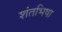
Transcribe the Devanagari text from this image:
शंतभिषा